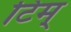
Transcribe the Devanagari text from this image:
टिम्‌